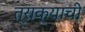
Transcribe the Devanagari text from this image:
त्राक्याची